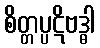
စိတ္တပ္ပဋိဗဒ္ဓါ